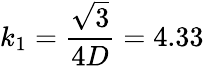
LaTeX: k_{1}=\frac{\sqrt{3}}{4D}=4.33